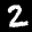
Label: 2